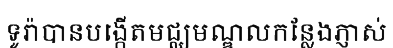
ទូរ៉ាបានបង្កើតមជ្ឈមណ្ឌលកន្លែងភ្ញាស់